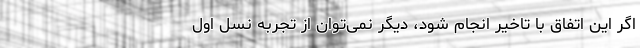
اگر این اتفاق با تاخیر انجام شود، دیگر نمی‌توان از تجربه نسل اول